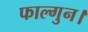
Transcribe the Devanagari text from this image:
फाल्गुन।